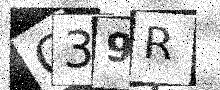
Text: O39R